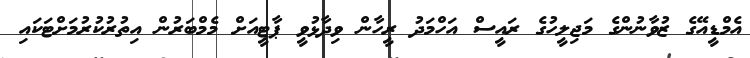
އެމްޑީއޭގެ ޒުވާނުންގެ މަޖިލީހުގެ ރައީސް އަހްމަދު ރީހާން ވިދާޅުވީ ޕާޓީއަށް މެމްބަރުން އިތުރުކުރުމަށްޓަކައި